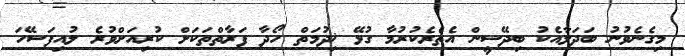
މިގެނެވުނު ބަދަލާއެކު ބިދޭސީން އެތެރެކުރުމާ ގުޅޭ ޚިދުމަތް ހޯދާ ފަރާތްތަކަށް ކުރިއަށްވުރެ ލުއިފަސޭހަ